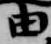
由